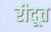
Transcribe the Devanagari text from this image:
रीदूत